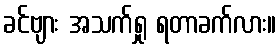
ခင်ဗျား အသက်ရှု ရတာခက်လား။